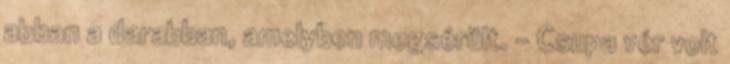
abban a darabban, amelyben megsérült. - Csupa vér volt